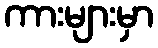
ကားများမှာ